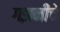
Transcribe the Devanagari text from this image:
गझनीचे